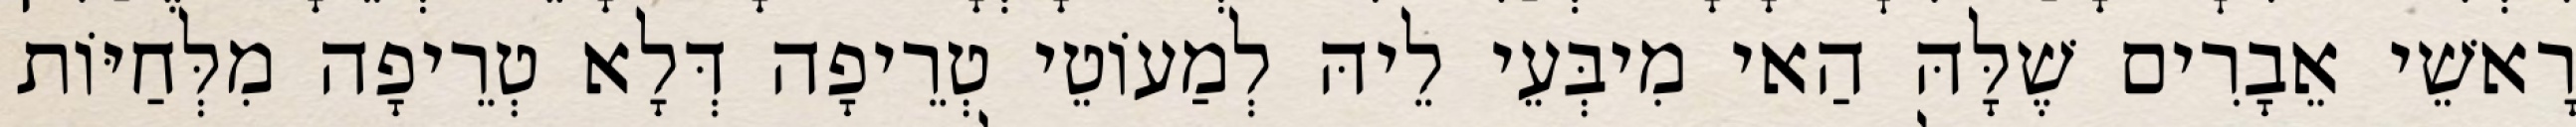
רָאשֵׁי אֵבָרִים שֶׁלָּהּ הַאי מִיבְּעֵי לֵיהּ לְמַעוֹטֵי טְרֵיפָה דְּלָא טְרֵיפָה מִלְּחַיּוֹת